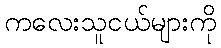
ကလေးသူငယ်များကို